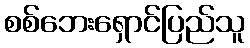
စစ်ဘေးရှောင်ပြည်သူ